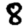
Digit: 8